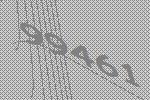
99461